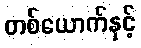
တစ်ယောက်နှင့်